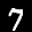
Label: 7